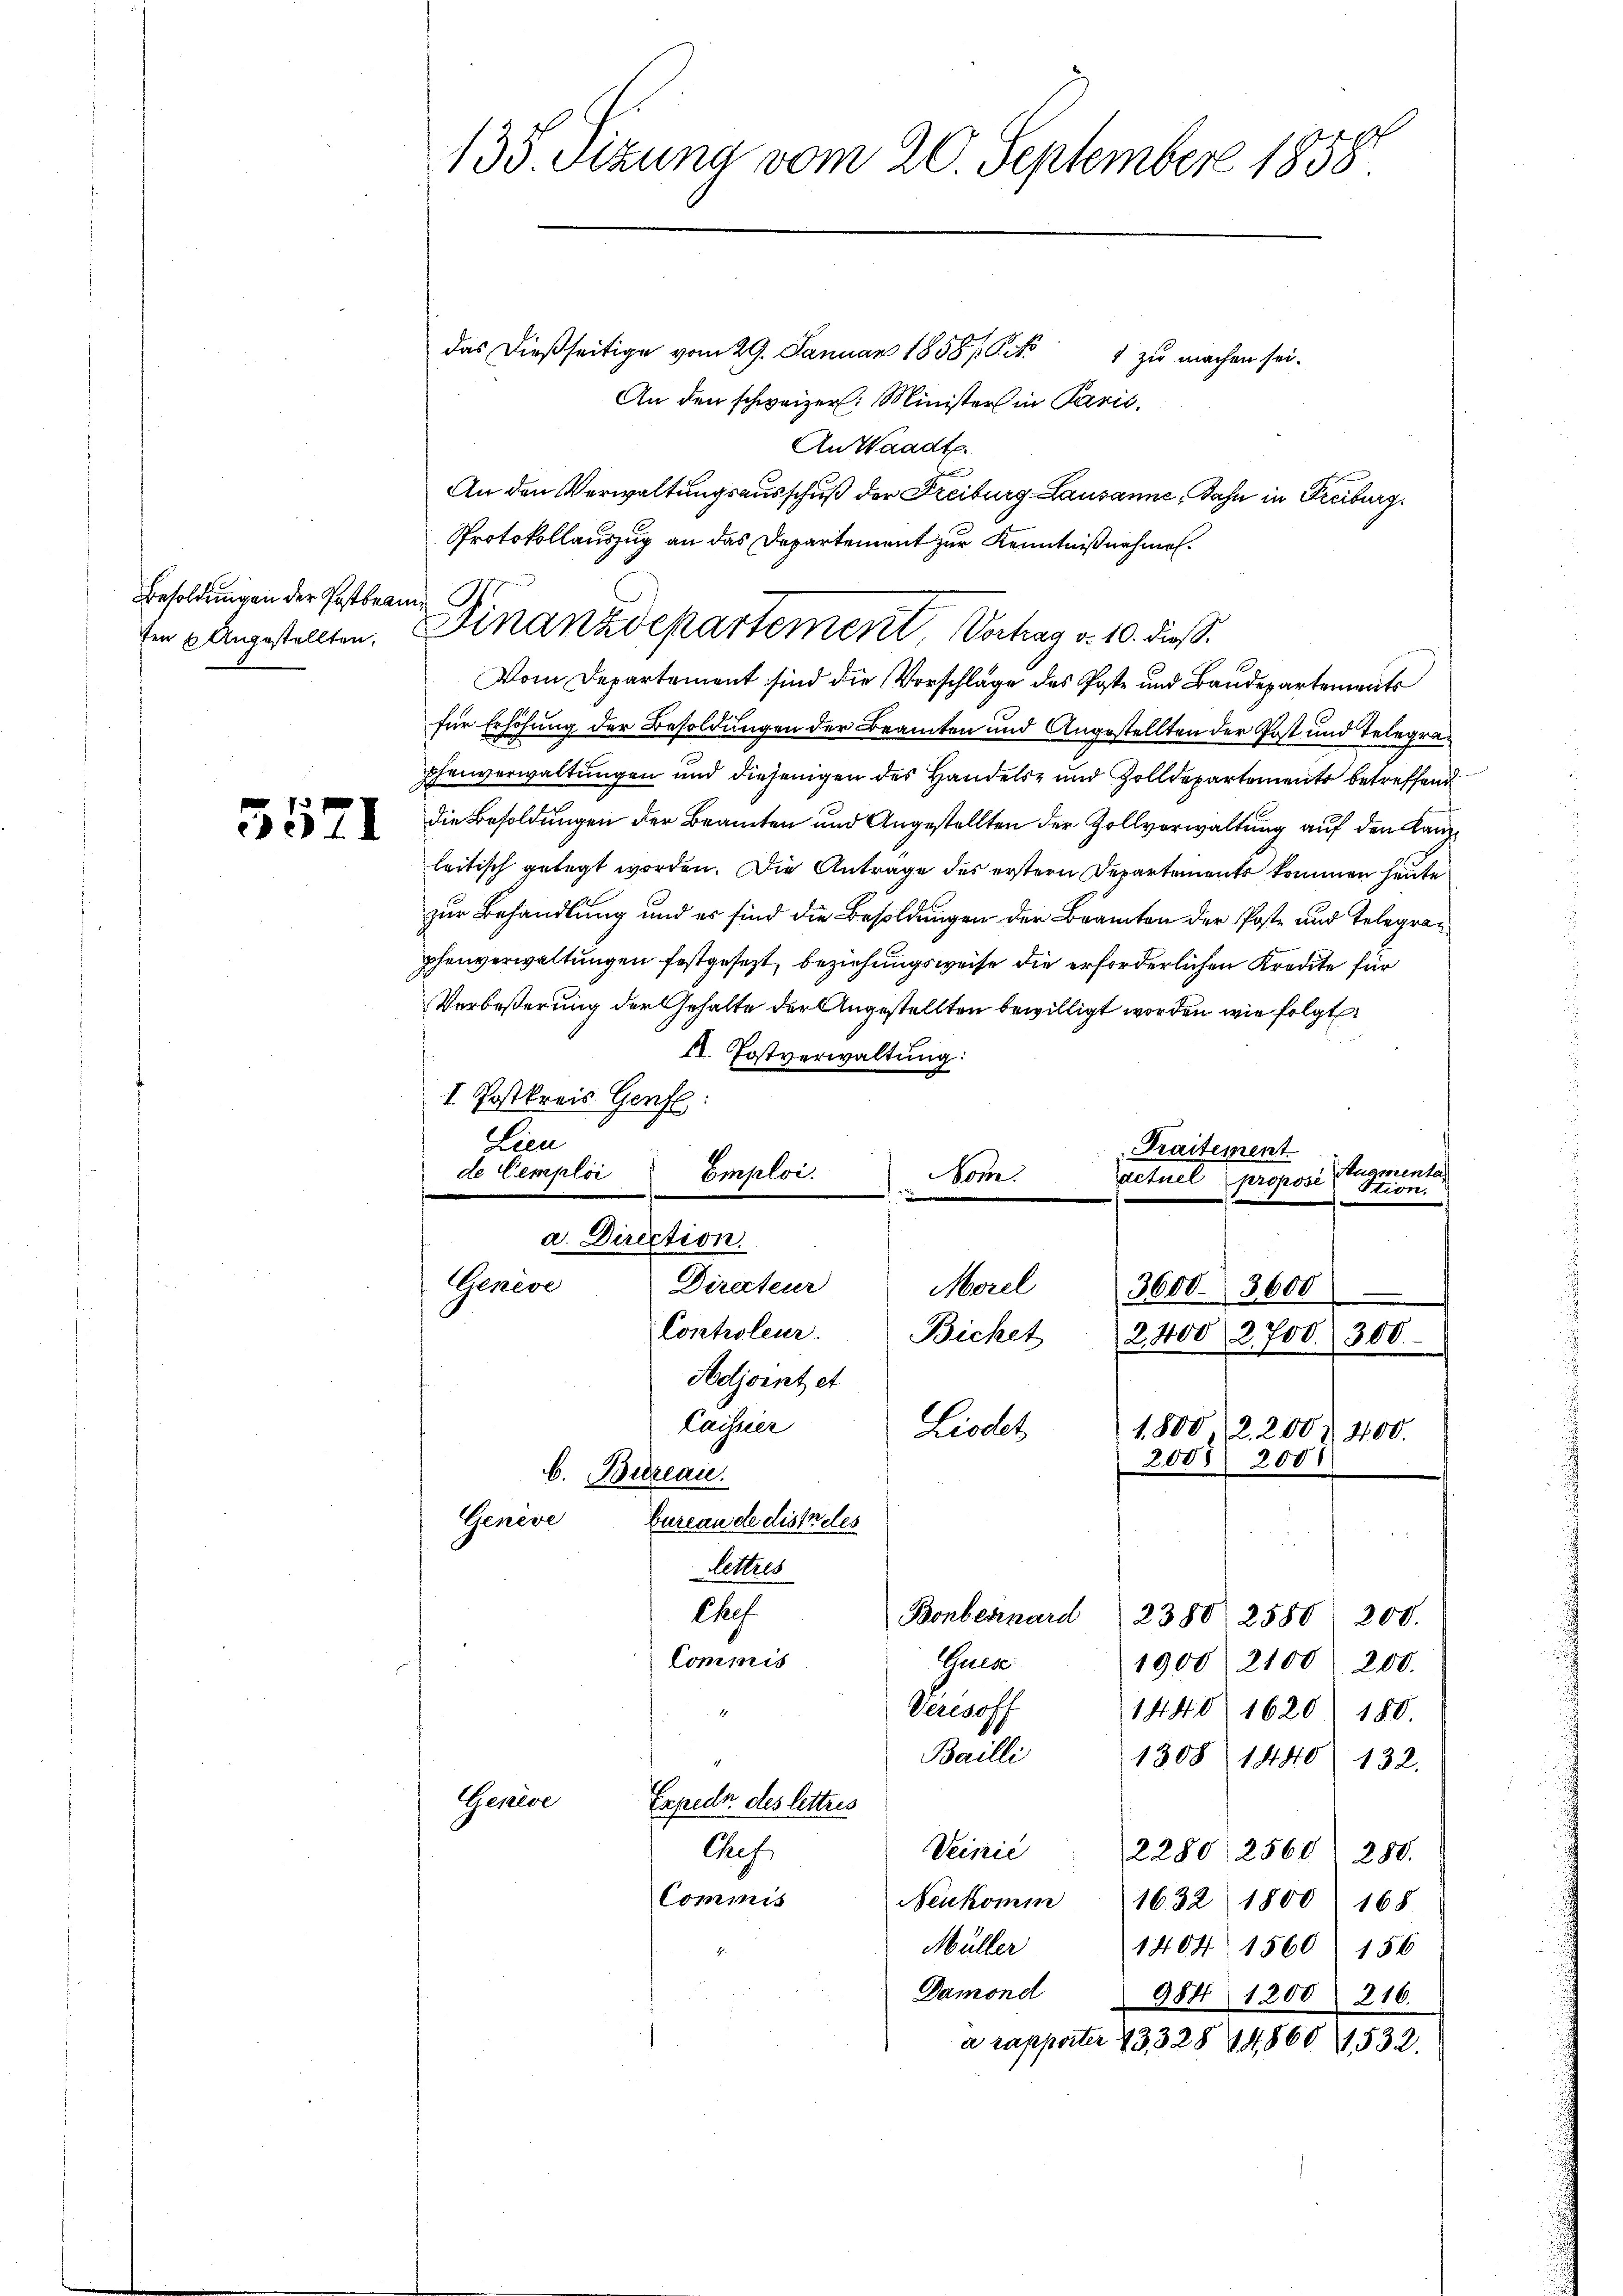
Besoldungen der Postbram S

3571

135. Sizung vom 20. September 1858

Im Angstellten. Finanzdepartement Vortrag v. 10. dieß.

das dießseitige vom 29. Januar 1858 / S. 15
1 zu machen sei.
An den schweizer: Minister in Paris,
An Waadt.
An den Verwaltungsausschuß der Freiburg-Lausanne. Dahn in Freiburg,
Protokollauszug an das Departement zur Kenntnißnahmen.
Vom Departement sind die Vorschlage des Poste und Baudepartements
für Erhöhung der Besoldungen der Beamten und Angestellten der Post und Telegraphenverwaltungen und diejenigen des Handels- und Zolldepartemente betreffend
die Besoldungen der Beamten und Angestellten der Zollverwaltung auf den Kanzleitisch gelegt worden. Die Antrage des erstern Departements kommen heute
zur Behandlung und es sind die Besoldungen der Beamten der Poste und Telegraphenverwaltungen festgesezt, beziehungsweise die erforderlichen Kredite für
Verbeßerung der Gehalte der Angestellten bewilligt worden wie folgt
k. Postverwaltung:
I. Postkreis Genf
Lan
Traitement
de Cemploi
Emploi.
actuel proposi Augmentar
Nom.
Stion.
2
a. Direction.
Genève
Directeur
Morel
3600. 3600
Controleur. Bicket 2400 2700. 300.
Adjoint et
Caissier
Liedet
1,800, 2. 200 & 400.
2008. 200
b. Bureau.
Genève
bureau de distretes
lettres
Chef.
Bonbernard 2380. 2580. 200.
Commis
Guca
1900 (2100) 200.
Sano
1440/ 1620) 180.
Bailli
1308 1440. 132.
Geneve
Expedn des lettres
Gf.
Veiić 2280 2560. 280.
Commis
Neukommn 1632 1800 168
Müller
1404 1560 156
Damond
984. 1200 216.
a rapporter 43, 328 94860 1532.